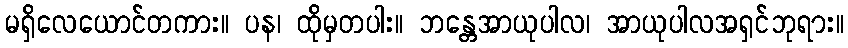
မရှိလေယောင်တကား။ ပန၊ ထိုမှတပါး။ ဘန္တေအာယုပါလ၊ အာယုပါလအရှင်ဘုရား။